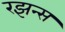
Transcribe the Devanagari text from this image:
रझन्स